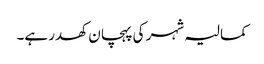
کمالیہ شہر کی پہچان کھدر ہے۔